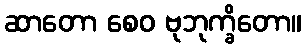
ဆာတော စေဝ ဗုဘုက္ခိတော။